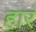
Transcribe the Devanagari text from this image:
हारं